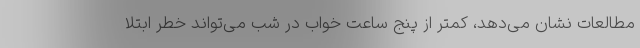
مطالعات نشان می‌دهد، کمتر از پنج ساعت خواب در شب می‌تواند خطر ابتلا